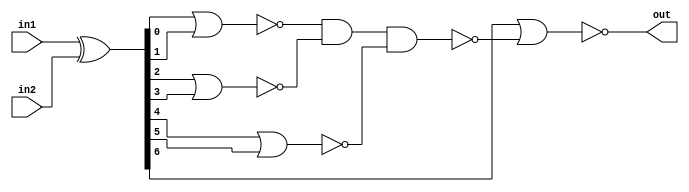
// Modified by Princeton University on June 9th, 2015
// ========== Copyright Header Begin ==========================================
// 
// OpenSPARC T1 Processor File: sparc_exu_eclcomp7.v
// Copyright (c) 2006 Sun Microsystems, Inc.  All Rights Reserved.
// DO NOT ALTER OR REMOVE COPYRIGHT NOTICES.
// 
// The above named program is free software; you can redistribute it and/or
// modify it under the terms of the GNU General Public
// License version 2 as published by the Free Software Foundation.
// 
// The above named program is distributed in the hope that it will be 
// useful, but WITHOUT ANY WARRANTY; without even the implied warranty of
// MERCHANTABILITY or FITNESS FOR A PARTICULAR PURPOSE.  See the GNU
// General Public License for more details.
// 
// You should have received a copy of the GNU General Public
// License along with this work; if not, write to the Free Software
// Foundation, Inc., 51 Franklin St, Fifth Floor, Boston, MA 02110-1301, USA.
// 
// ========== Copyright Header End ============================================
////////////////////////////////////////////////////////////////////////
/*
//  Module Name: sparc_exu_eclcomp7
//	Description: This block is a 7 bit comparator.  It takes 2 inputs
// 		and outputs a 1 on out if they are equal.
*/

module sparc_exu_eclcomp7 (/*AUTOARG*/
   // Outputs
   out, 
   // Inputs
   in1, in2
   ) ;
   input [6:0] in1;
   input [6:0] in2;
   output      out;

   wire [6:0]  in1xorin2;
   wire nor1out;
   wire nor2out;
   wire nor3out;
   wire nandout;
   
   assign in1xorin2 = in1 ^ in2;
   assign nor1out = ~(in1xorin2[0] | in1xorin2[1]);
   assign nor2out = ~(in1xorin2[2] | in1xorin2[3]);
   assign nor3out = ~(in1xorin2[4] | in1xorin2[5]);
   assign nandout = ~(nor1out & nor2out & nor3out);
   assign out = ~(in1xorin2[6] | nandout);
   
   
endmodule // sparc_exu_eclcomp7